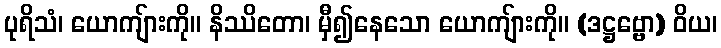
ပုရိသံ၊ ယောကျ်ားကို။ နိဿိတော၊ မှီ၍နေသော ယောကျ်ားကို။ (ဒဋ္ဌဗ္ဗော) ဝိယ၊